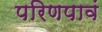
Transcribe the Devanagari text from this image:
परिणपावं